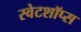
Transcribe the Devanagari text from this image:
स्वेटशॉप्स